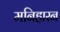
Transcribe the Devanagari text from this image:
मनिहारन